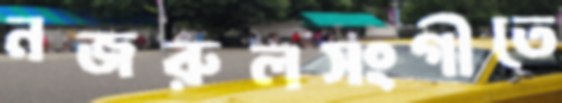
নজরুলসংগীতে